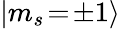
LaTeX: |m_{s}\! =\! \pm 1\rangle